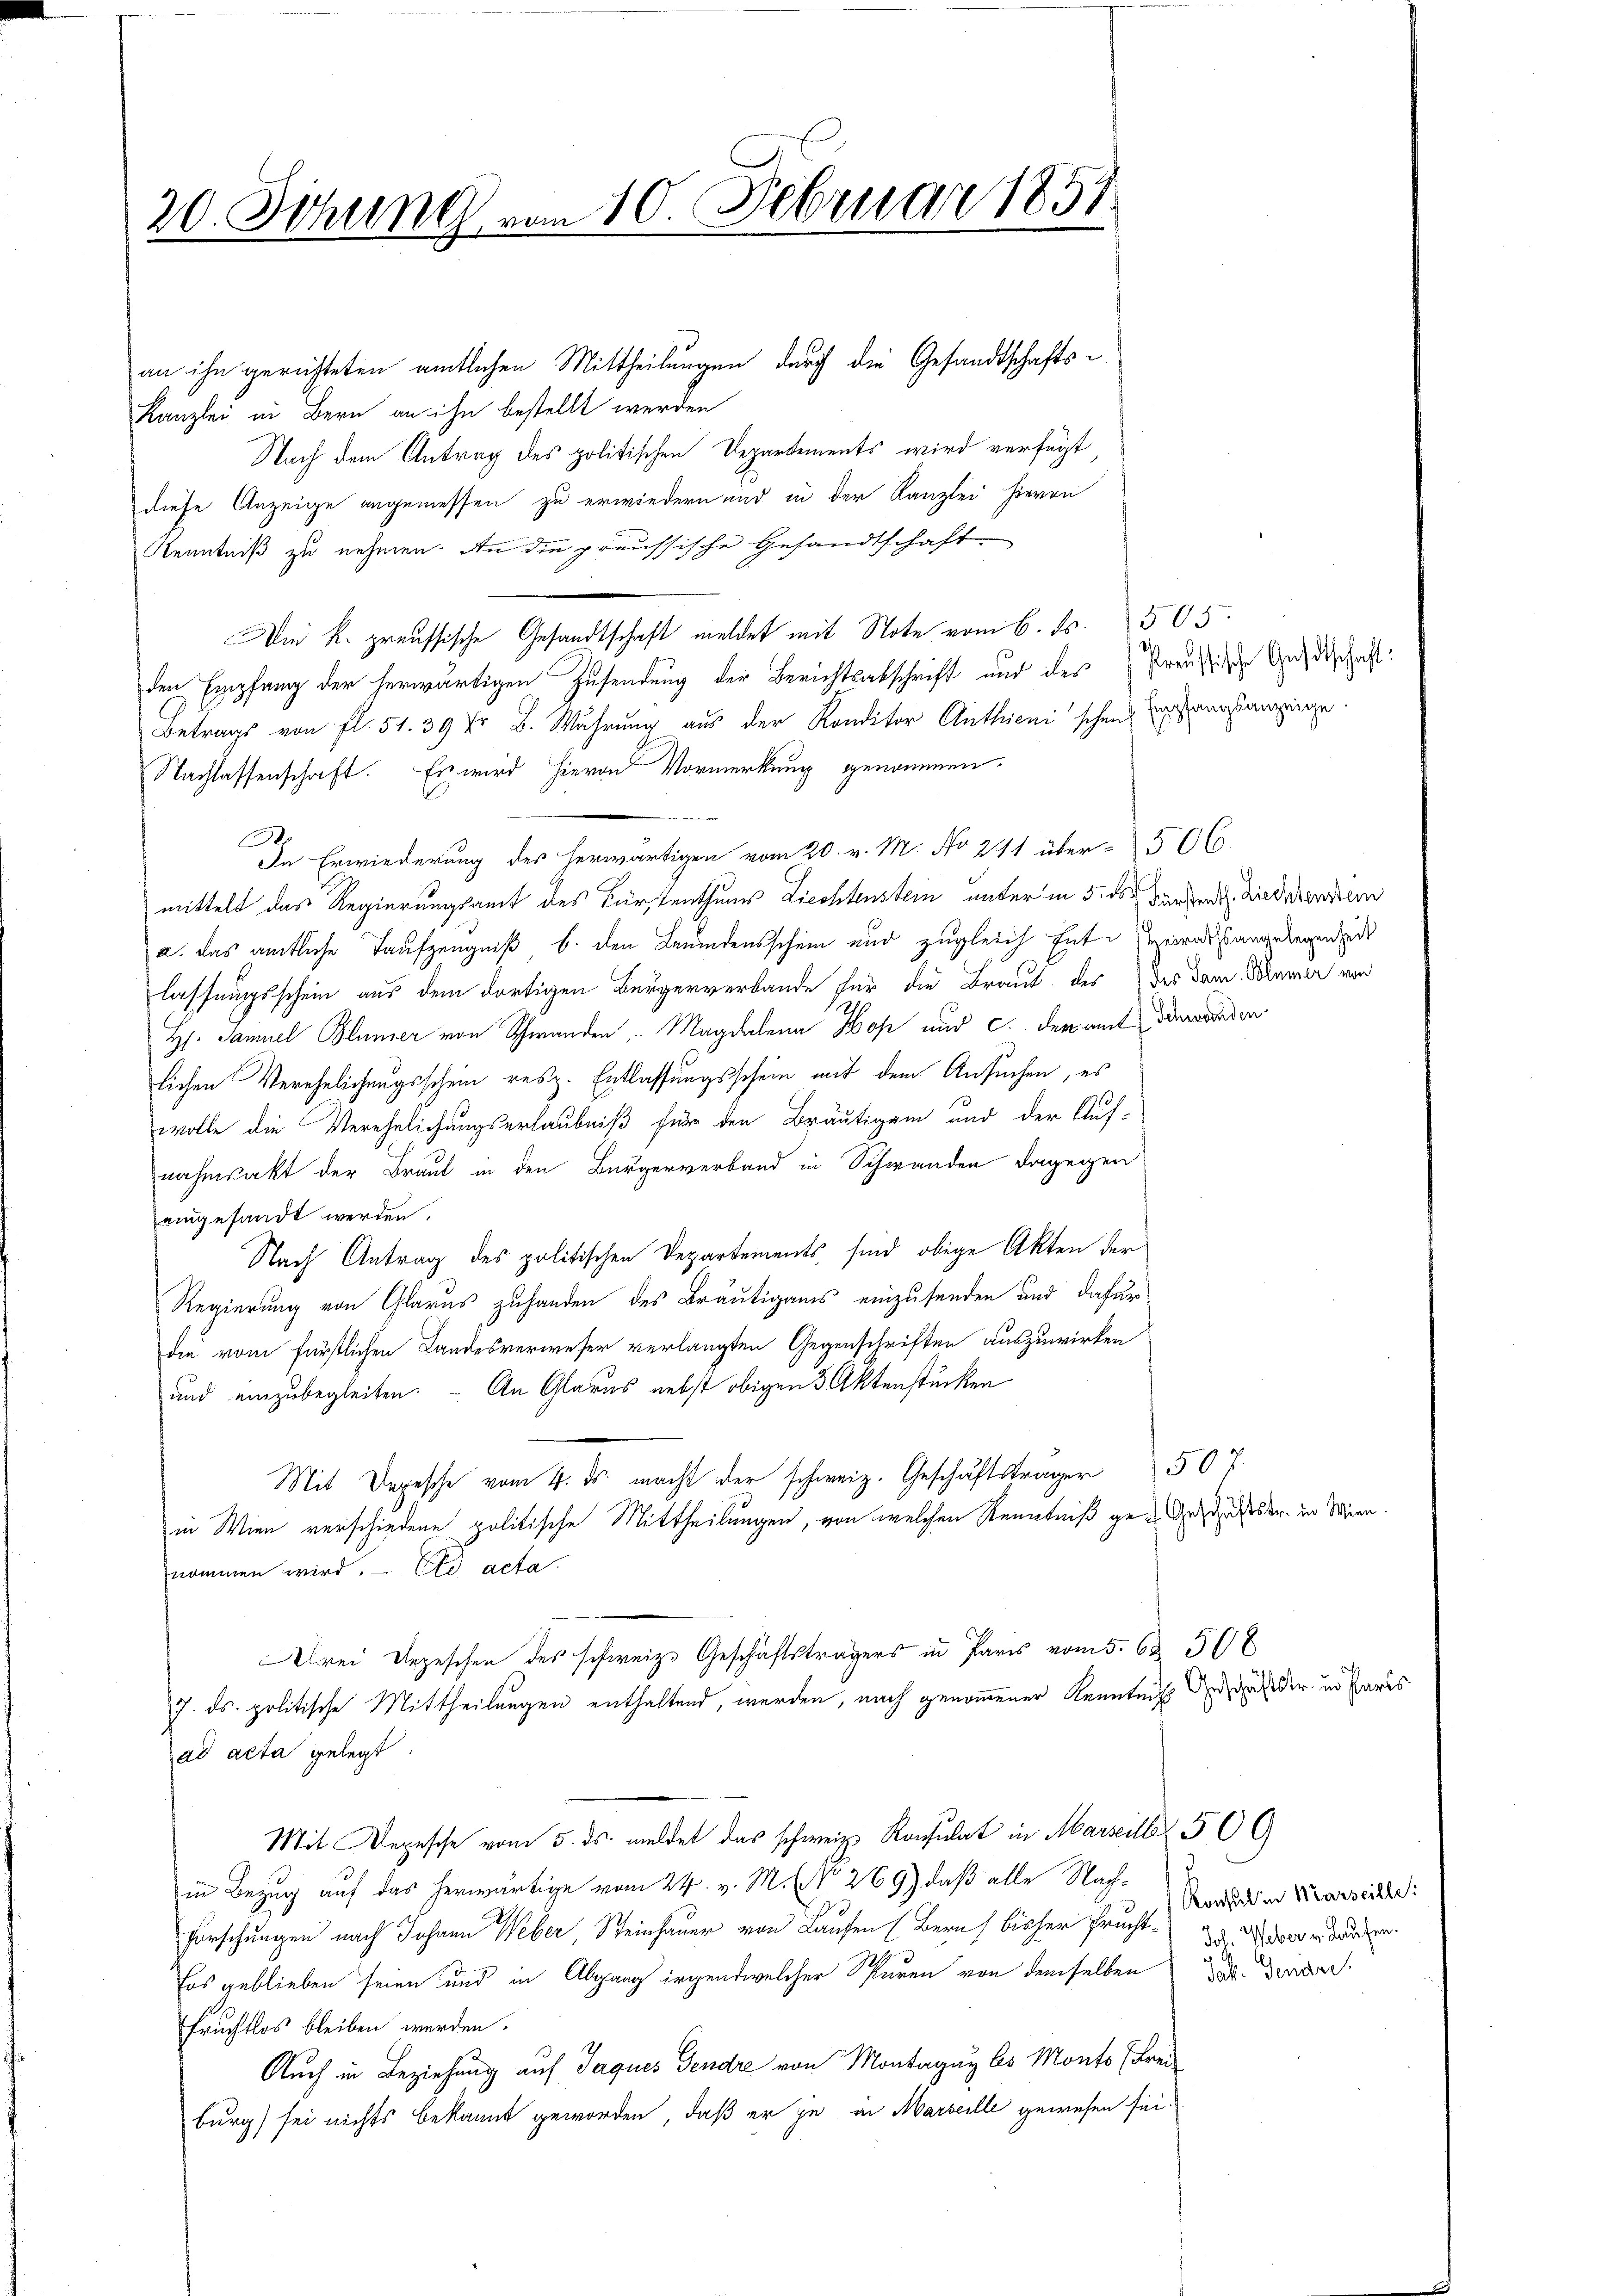
20. Sitzung vom 10. Februar 1857.

an ihn gerichteten amtlichen Mittheilungen durch die Gesandtschafts¬
Kanzlei in Bern an ihn bestellt werden
Nach dem Antrag des politischen Departements wird verfügt,
diese Anzeige angemessen zu erwiedern und in der Kanzlei hievon
Kenntniß zu nehmen. An die preussische Gesandtschaft
Die k. preussische Gesandtschaft meldet mit Note vom 6. ds. 505.
den Empfang der herwärtigen Zusendung der Berichtsabschrift und des Preußische Ande
Betrags von fl. 51. 39 Xr B. Währung aus der Konditor Anthienischen
Nachlassenschaft. Es wird hievon Vormerkung genommen,
.
In Erwiederung des herwärtigen vom 20. v. M. No 291 über- 506
mittelt das Regierungsamt des Fürstenthums Liechtenstein, unter in 5. ds. beren Anderenden
a. das amtliche Taufzeugniß b. den Leumdensschein und zugleich Enteralstangelegen ode
lassungsschein aus dem dortigen Bürgerverbande für die Braut der des dem Maier von
H. Samuel Blümer von Schwanden, - Magdalena Hof und c. der amt werden
lichen Verehelichungsschein resp. Entlassungsschein mit dem Ansuchen, es
wolle die Verehelichungserlaubniß für den Bräutigam und der Auf-
nahmsakt der Braut in den Bürgerverband in Schwanden dagegen
eingesandt werden.
Nach Antrag des politischen Departements sind obige Akten der
Regierung von Glarus zuhanden des Bräutigams einzusenden und dafür
die vom Fürstlichen Landesverweser verlangten Gegenschriften auszuwirken
und einzubegleiten. - An Glarus nebst obigen 3 Aktenstücken
Mit Depesche vom 4. ds. macht der schweiz. Geschäftsträger 507.
in Wien verschiedene politische Mittheilungen, von welchen Kenntniß ge- Gesuches der in Männ
nommen wird. — Ed acta
rei Depeschen des schweiz. Geschäftsträgers in Paris vom 5. 63. 508
7. ds. politische Mittheilungen enthaltend, werden, nach genommener Kenntniß der des der in Paris
ad acta gelegt
Mit Depesche vom 5. ds. meldet das schweiz. Konsulat in Marseiller 50 G
in Bezug auf das herwärtige vom 24. v. M. (No. 269) daß alle Nach¬
Forschungen nach Johann Weber, Steinhauer von Laufen (Bern (bisher Frucht¬
Eos geblieben seien und in Abgang irgendwelcher Spuren von demselben
Fruchtlos bleiben werden.
Auch in Beziehung auf Jaques Gendre von Montagen bis Monto (Frei
burg) sei nichts bekannt geworden, daß er je in Marseille gewesen sei.

Empfangsanzeige.

haft:

Konsul in Warseille:
Joh. Weber v. Laufen.
Jak. Gendre.